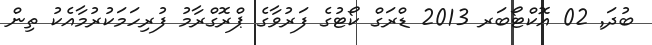
ބުދަ